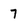
Character: 7